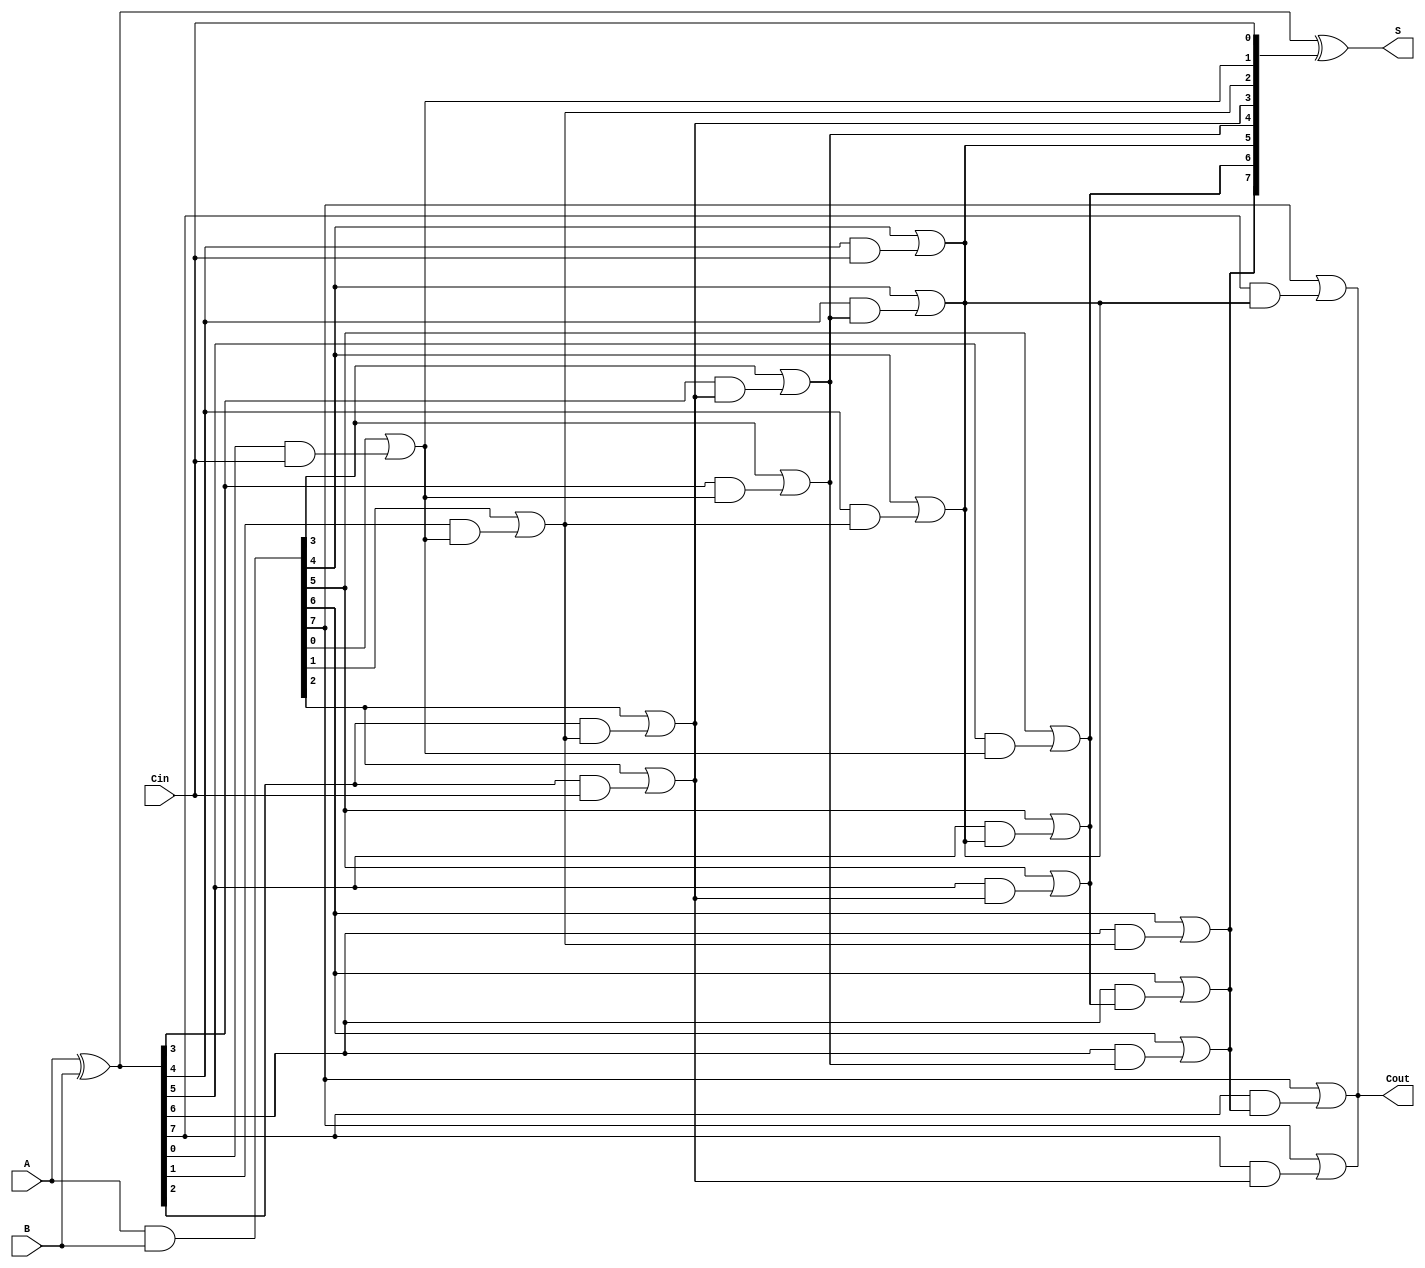
module KoggeStoneAdder #(parameter n = 8) (
    input  [n-1:0] A,      // First n-bit input
    input  [n-1:0] B,      // Second n-bit input
    input          Cin,     // Carry-in
    output [n-1:0] S,      // Sum output
    output         Cout     // Carry-out
);

    // Generate and Propagate signals
    wire [n-1:0] P; // Propagate
    wire [n-1:0] G; // Generate
    wire [n:0] C;   // Carry signals

    // Calculate P and G
    assign P = A ^ B; // Propagate
    assign G = A & B; // Generate

    // Initialize carry signals
    assign C[0] = Cin;

    // Generate carry signals using the Kogge-Stone method
    genvar i, j;
    generate
        for (i = 0; i < n; i = i + 1) begin : carry_gen
            for (j = 0; j < $clog2(n); j = j + 1) begin : prefix
                if (j == 0) begin
                    assign C[i + 1] = G[i] | (P[i] & C[i]);
                end else if (i >= (1 << j)) begin
                    assign C[i + 1] = G[i] | (P[i] & C[i - (1 << j)]);
                end
            end
        end
    endgenerate

    // Calculate Sum
    assign S = P ^ C[n-1:0]; // S[i] = P[i] ^ C[i-1]

    // Carry-out
    assign Cout = C[n];

endmodule